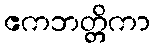
ဧကဘတ္တိကာ